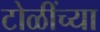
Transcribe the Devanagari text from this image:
टोळींच्या